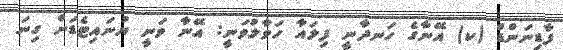
ފާޑިނަންޑް (ކ) އޭނާގެ ހަނދާނީ ފިލައާ ހަވާލުވަނީ: އޭނާ ވަނީ ޔުނައިޓެޑަށް ގިނަ